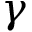
\gamma